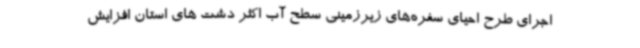
اجرای طرح احیای سفره‌های زیرزمینی سطح آب اکثر دشت های استان افزایش